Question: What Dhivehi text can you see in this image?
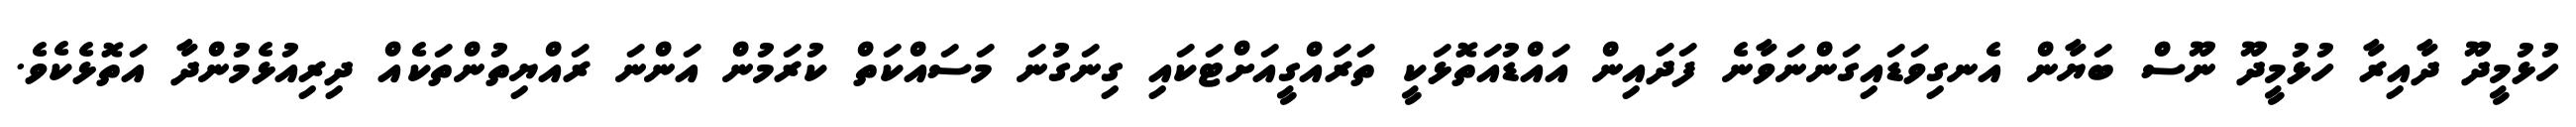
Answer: ހުޅުމީދޫ ދާއިރާ ހުޅުމީދޫ ނޫސް ބަޔާން އެނގިވަޑައިގަންނަވާނެ ފަދައިން އައްޑުއަތޮޅަކީ ތަރައްގީއަށްޓަކައި ގިނަގުނަ މަސައްކަތް ކުރަމުން އަންނަ ރައްޔިތުންތަކެއް ދިރިއުޅެމުންދާ އަތޮޅެކެވެ.